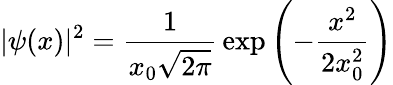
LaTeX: |\psi(x)|^{2}={\frac{1}{x_{0}{\sqrt{2\pi}}}}\exp{\left(-{\frac{x^{2}}{2x_{0}^{2}}}\right)}